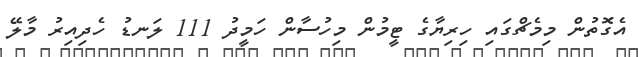
އެގޮތުން މިމެޗްގައި ހިރިޔާގެ ޓީމުން މިހުސާން ހަމީދު 111 ލަނޑު ހެދިއިރު މާލޭ